Virumaa_algkoolid, lk 65
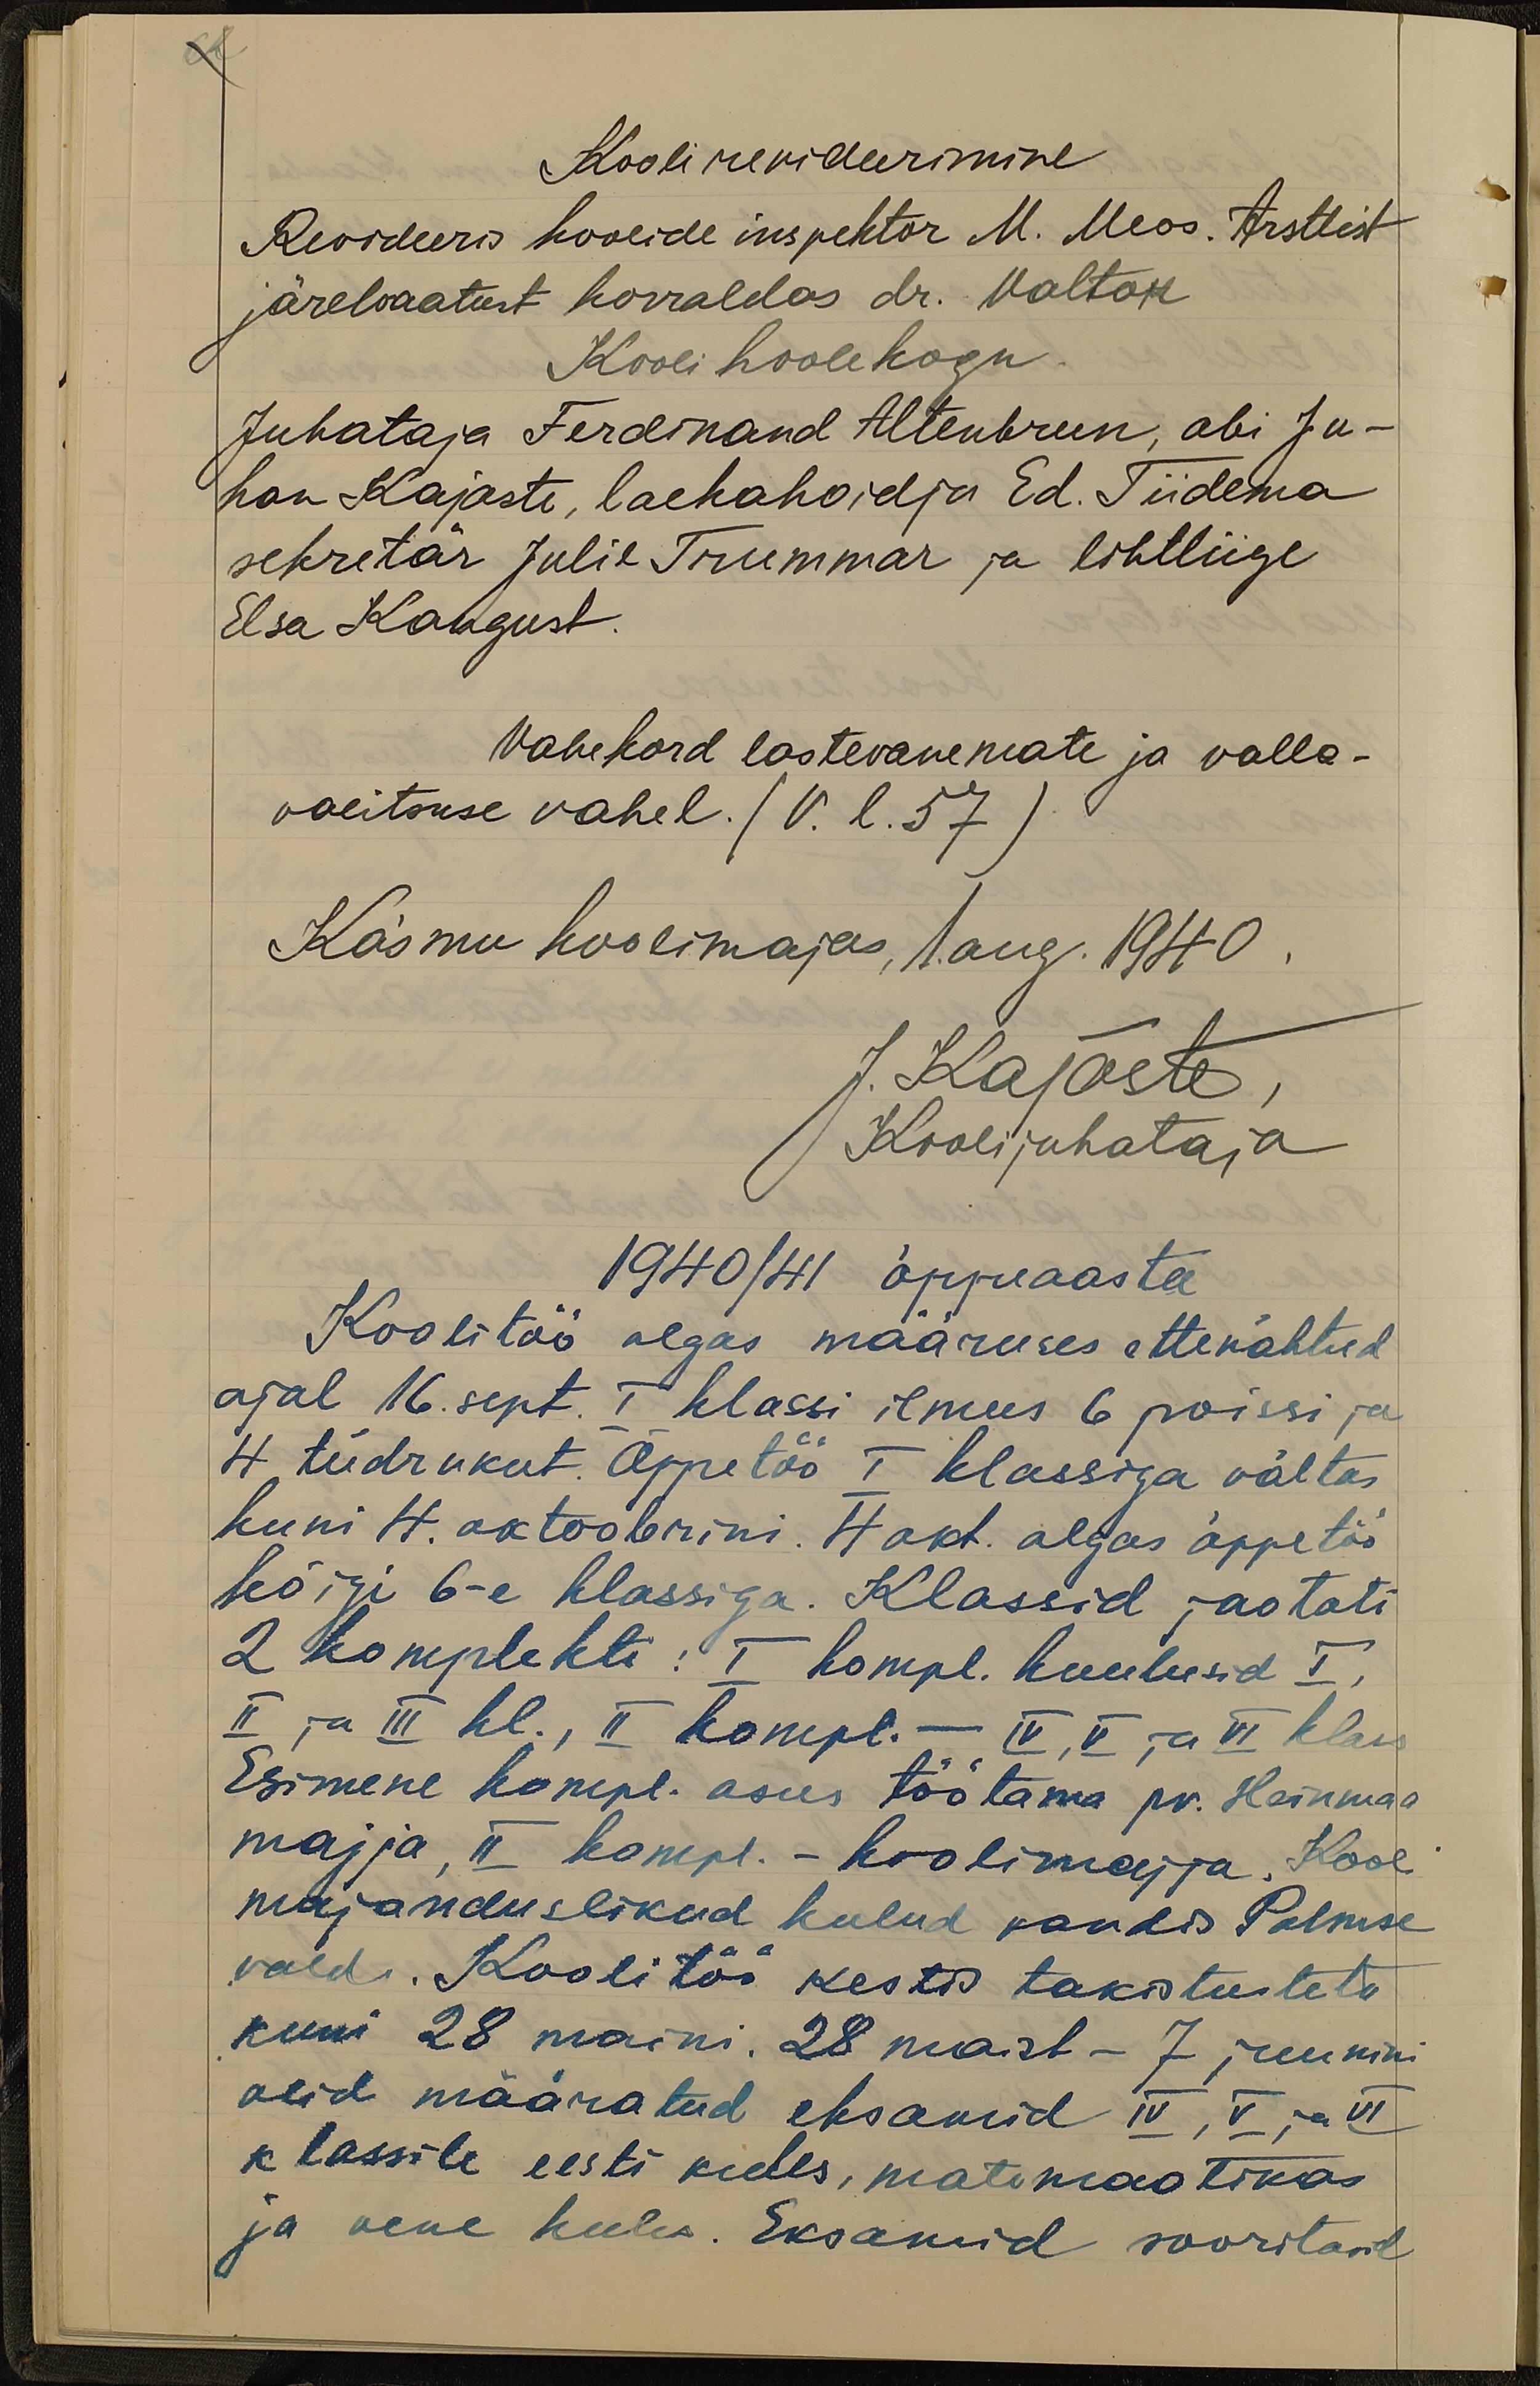
Kooli revideerimine
Revideeris koolide inspektor M. Meos. Arstlist
järelvaatust korraldas dr. Valtok
Kooli hoolekogu.
Juhataja Ferdinand Altenbrun, abi Ju-
han Kajaste, laehahoidja Ed. Tiidema
sekretär Julie Trummar ja lihkliige
Elsa Kangust.
Vahekord lastevanemate ja valla-
valitsuse vahel. (V. l.57
Käsmu Koolimajas, 1 aug. 1940.
J. Kajaste
Koolijuhataja
1940/41 õppeaasta
Koolitöö algas määruses ettenähtud
ajal 16. sept. I klassi ilmus 6 poissi ja
4 tüdrukut. Õppetöö I klassiga vältas
kuni 4. oktoobrini. 4 okt. algas õppetöö
kõigi 6-e klassiga. Klassid jaotati
2 komplekti: I kompl. kuulusid I,
II ja III kl., II kompl.- IV, V ja VI klass
Esimene kompl. asus töötama pr. Heinmaa
majja, II kompl. - koolimajja. Kool
majanduslikud kulud pandis Palmse
vald. Koolitöö kestis takistusteta
kuni 28 maini. 28 maist - 7 juunini
olid määratud eksamid IV, V ja VI
klassile eesti keeles, matemaatikas
ja vene keeles. Eksamid sooritasid